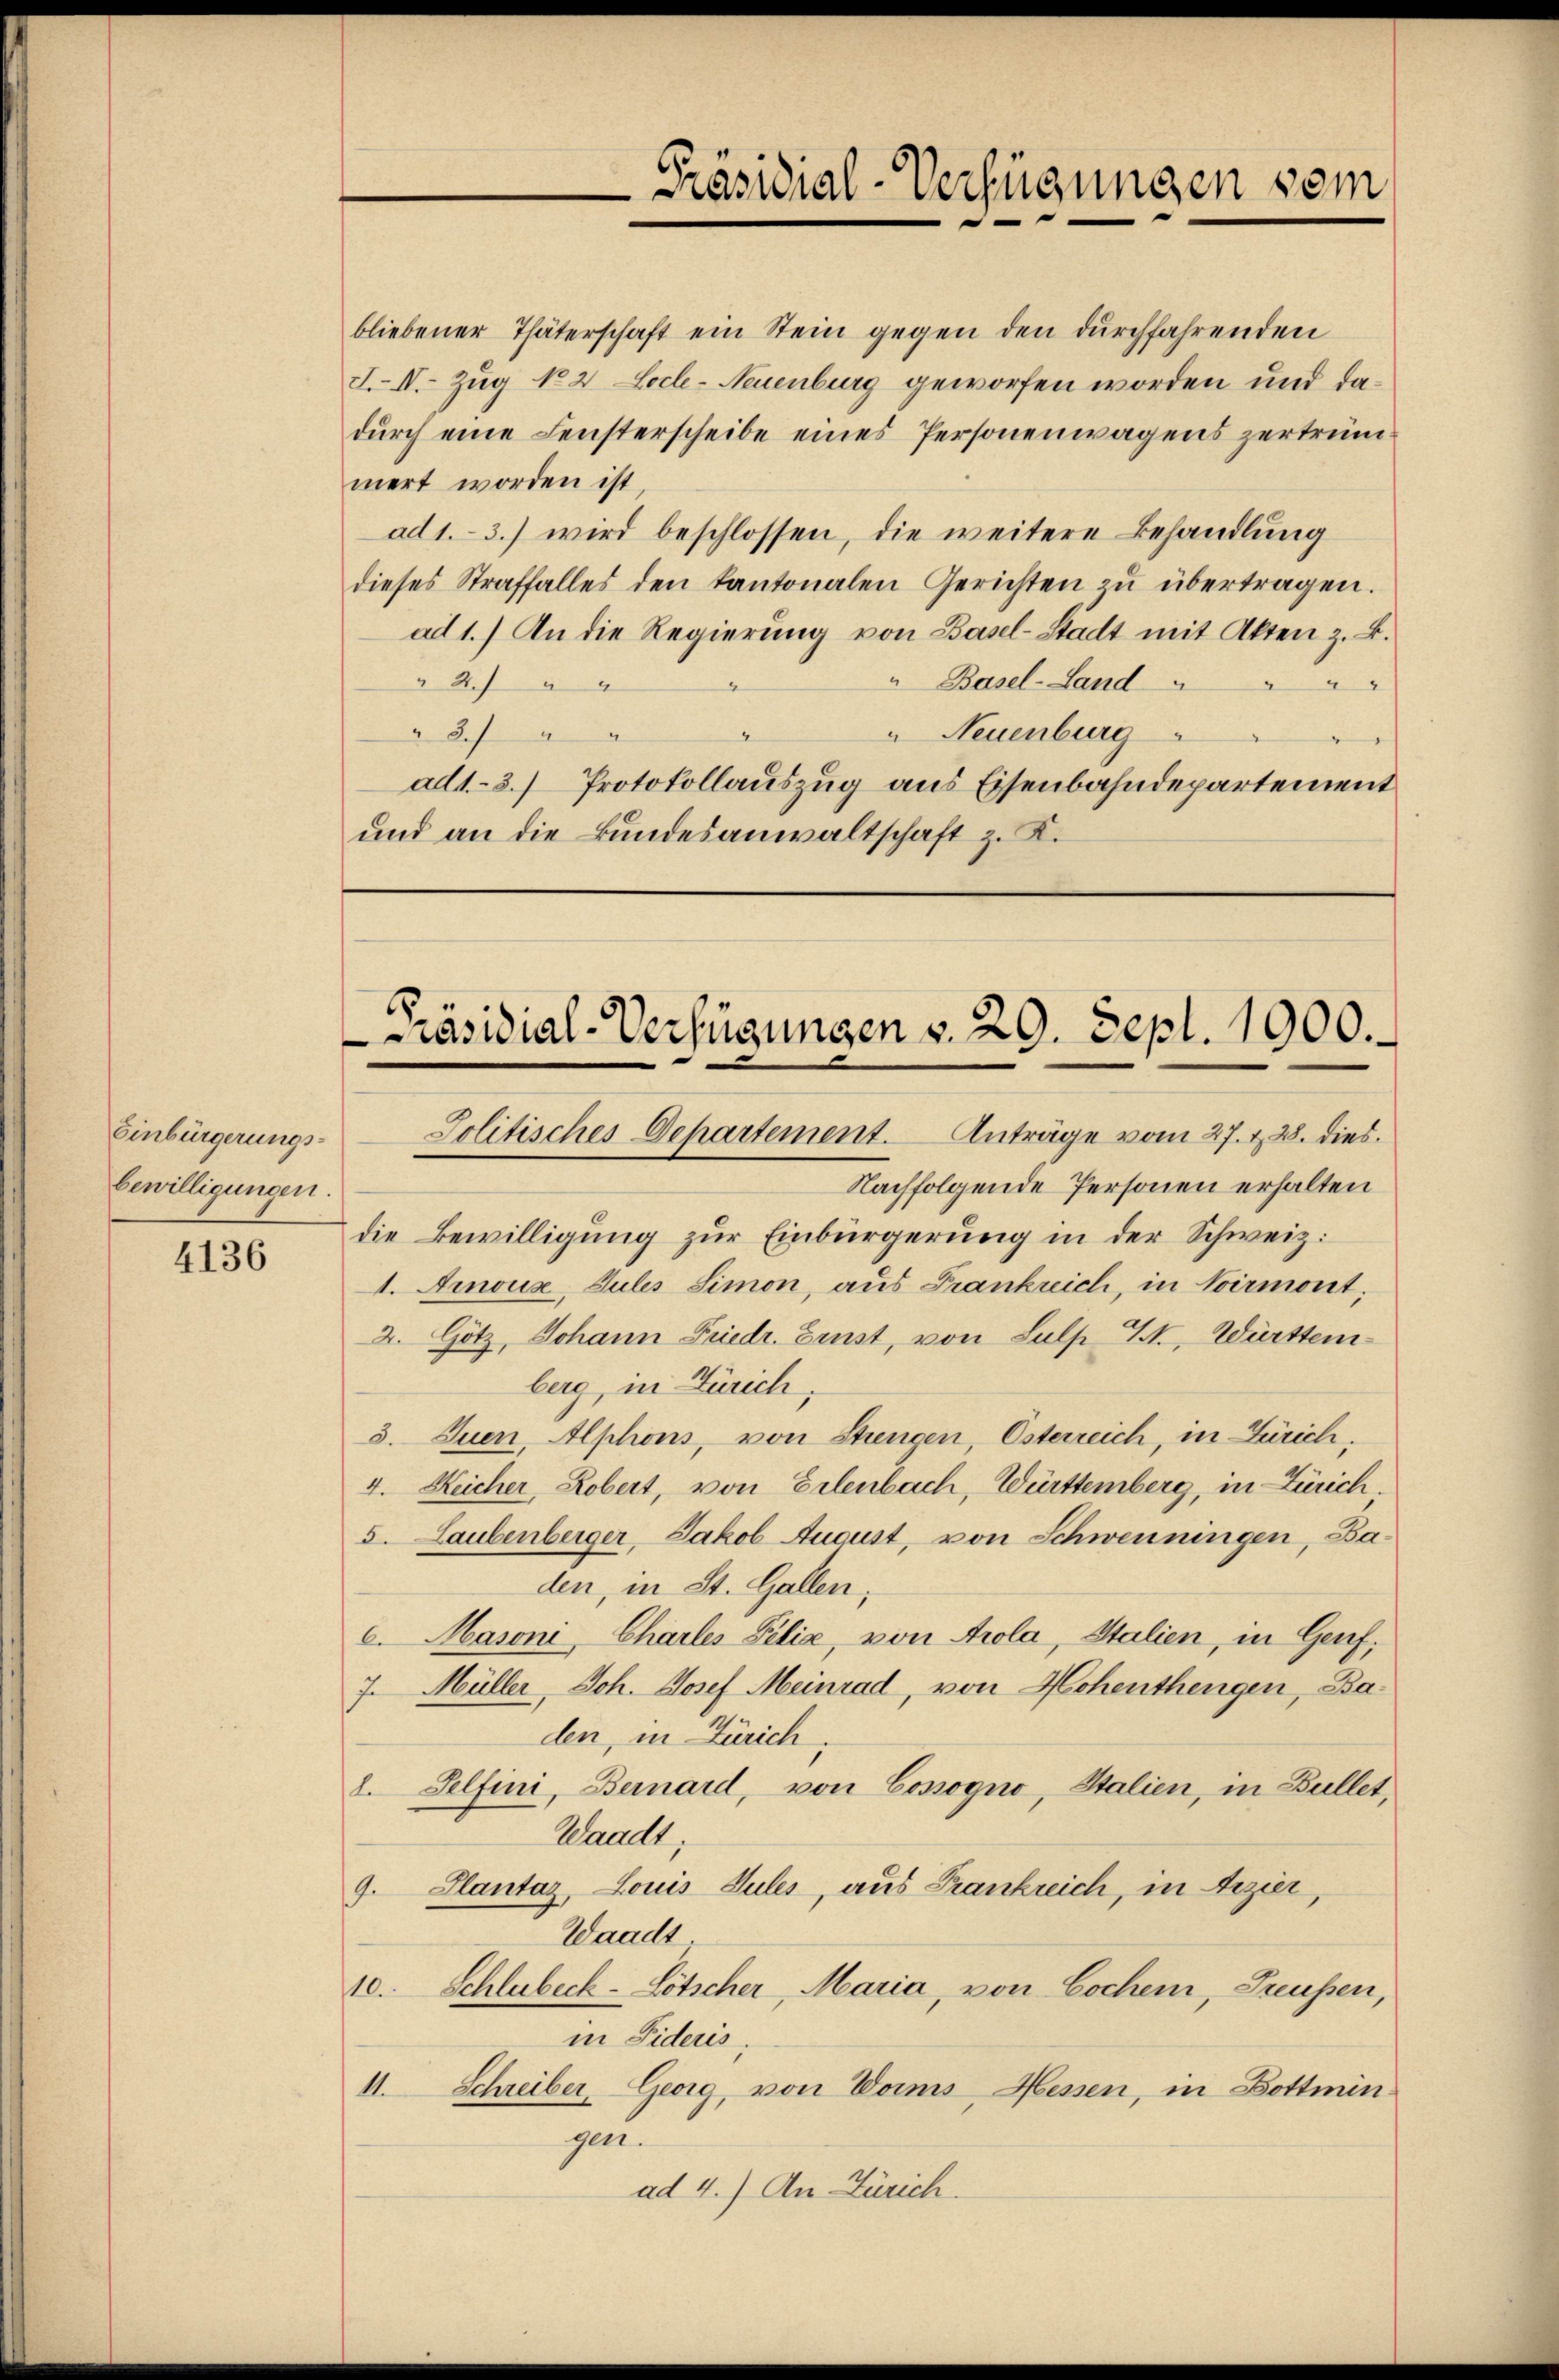
Einbürgerungsbewilligungen.

4136

bliebener Thäterschaft ein Stein gegen den durchfahrenden
I.II.- Zug No 2 Locl-Neuenburg geworfen worden und dadurch eine Fensterscheibe eines Personenwagens zertrümnert worden ist,
ad 1.- 3.) wird beschlossen, die weitere Behandlung
dieses Straffalles den Kantonalen Gerichten zŭ übertragen.
ad 1.) An die Regierŭng von Basel-Stadt mit Akten - B.
" Basel-Land
" 4. 4
2
 Neuenburg
" 8.
ad1.- 3.) Protokollauszug aus Eisenbahndepartement
und an die Bundesanwaltschaft z. K.

Präsidial-Verfügungen v. 29. Sept. 1900.

Präsidial-Verfügungen sein

Jolitisches Departement. Anträge vom 27. v. 28. dies
Nachfolgende Personen erhalten
die Bewilligung zur Einbürgerung in der Schweiz.
1. Ainous, Jules Simon, aus Frankreich, in Noirmont,
2. Götz, Johann Friedr. Ernst, von Lulp Kt. Württemberg, in Zürich,
3. Suen, Alphons, von Strengen, Österreich, in Zürich,
4. Reicher, Robert, von Erlenbach, Württemberg, in Zürich.
5. Laubenberger, Jakob August, von Schwenningen, Baden, in St. Gallen,
6. Hasoni, Charles Felia, von Arola, Italien, in Genf,
7. Müller, Joh. Josef Meinrad, von Hohenthengen, Baden, in Zürich
8. Selfini, Bernard, von Cossogno, Italien, in Bullet,
Waadt,
9. Plantaz, Louis Jules, aus Frankreich, in Bezier,
Waadt
10. Schlubeck-Lötscher, Maria, von Lochen, Preußen,
in Fideris,
11. Schreiber, Georg, von Vors Hessen, in Bottmin
gan
ad 4.) An Zürich.